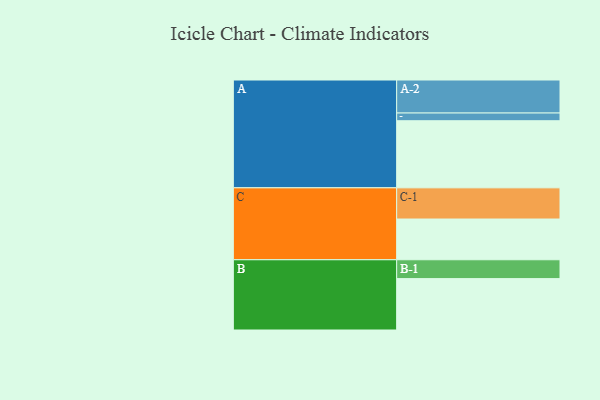
{"axis": {"x": "Segment", "y": "Value"}, "legend": ["", "A", "B", "C"], "data": [{"x": "A", "y": 555, "type": ""}, {"x": "B", "y": 425, "type": ""}, {"x": "C", "y": 337, "type": ""}, {"x": "A-1", "y": 64, "type": "A"}, {"x": "A-2", "y": 273, "type": "A"}, {"x": "B-1", "y": 156, "type": "B"}, {"x": "C-1", "y": 258, "type": "C"}]}